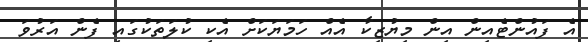
އެ ފައުންޓެއިން އިން މިޔުޒިކާ އެއް ހަމަޔަކަށް އެކި ކުލަތަކުގައި ފެން އަރުވަ